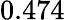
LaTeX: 0.474